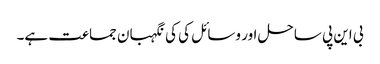
بی این پی ساحل اور وسائل کی کی نگہبان جماعت ہے۔